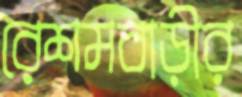
রেশমবাড়ীর